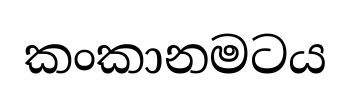
කංකානමටය